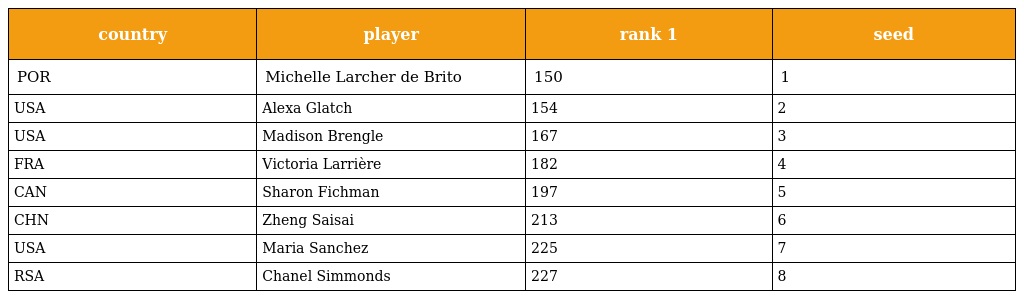
| country | player | rank 1 | seed |
 | --- | --- | --- | --- |
 | POR | Michelle Larcher de Brito | 150 | 1 |
 | USA | Alexa Glatch | 154 | 2 |
 | USA | Madison Brengle | 167 | 3 |
 | FRA | Victoria Larrière | 182 | 4 |
 | CAN | Sharon Fichman | 197 | 5 |
 | CHN | Zheng Saisai | 213 | 6 |
 | USA | Maria Sanchez | 225 | 7 |
 | RSA | Chanel Simmonds | 227 | 8 |